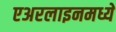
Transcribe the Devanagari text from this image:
एअरलाइनमध्ये